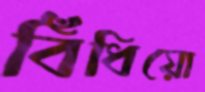
বিঁধিয়ো